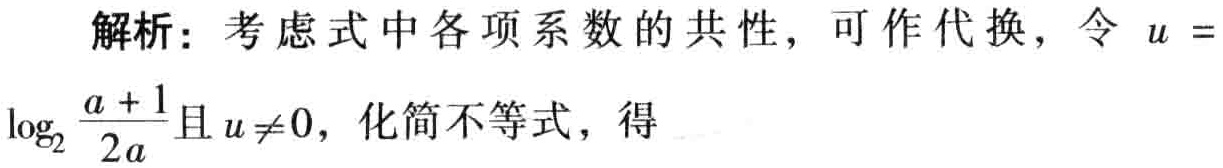
解析：考虑式中各项系数的共性，可作代换，令 \(u = \log_{2}\frac{a + 1}{2a}\)且\(u\neq0\)，化简不等式，得